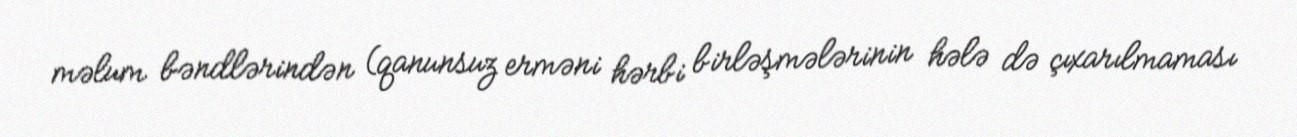
məlum bəndlərindən (qanunsuz erməni hərbi birləşmələrinin hələ də çıxarılmaması